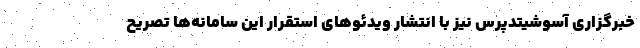
خبرگزاری آسوشیتدپرس نیز با انتشار ویدئوهای استقرار این سامانه‌ها تصریح